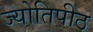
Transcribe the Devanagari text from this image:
ज्योतिपीठ